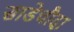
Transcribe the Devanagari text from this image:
साडेचौदा